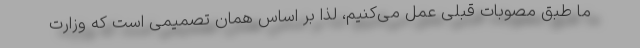
ما طبق مصوبات قبلی عمل می‌کنیم، لذا بر اساس همان تصمیمی است که وزارت